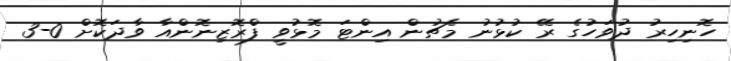
ހޮނިހިރު ދުވަހުގެ ރޭ ކުޅުނު މެޗުން އިންޓަ މޮޅުވީ ފްރޮޒިނޮންއާ ވާދަކޮށް 0-3